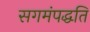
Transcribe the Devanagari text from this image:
सगमंपद्धति